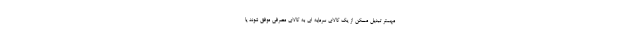
مهمتر تبدیل مسکن از یک کالای سرمایه ای به کالای مصرفی موفق شوند یا